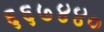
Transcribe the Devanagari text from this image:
६६७४४०